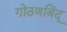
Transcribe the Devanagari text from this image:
गोठणबिंदू